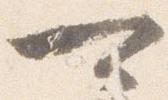
可